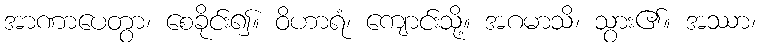
အာဏာပေတွာ၊ စေခိုင်း၍။ ဝိဟာရံ၊ ကျောင်းသို့။ အဂမာသိ၊ သွား၏။ အဿာ၊